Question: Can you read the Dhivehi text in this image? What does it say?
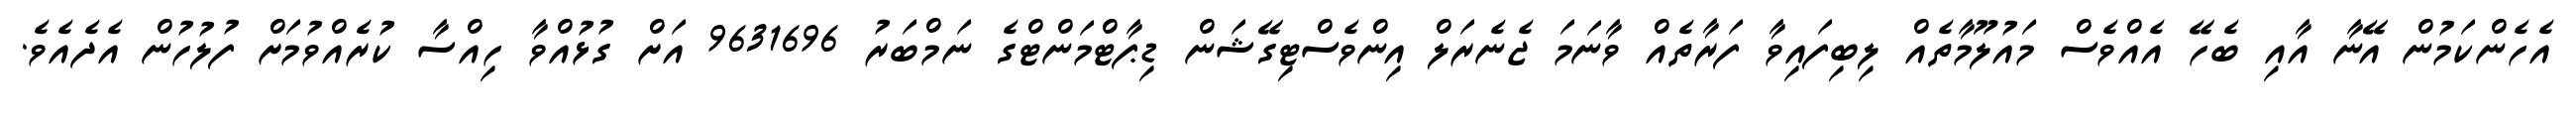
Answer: އެހެންކަމުން އޭނާ އާއި ބެހޭ އެއްވެސް މައުލޫމާތެއް ލިބިފައިވާ ފަރާތެއް ވާނަމަ ޖެނެރަލް އިންވެސްޓިގޭޝަން ޑިޕާޓްމަންޓްގެ ނަމްބަރު 9631696 އަށް ގުޅުއްވާ ހިއްސާ ކުރެއްވުމަށް ފުލުހުން އެދެއެވެ.